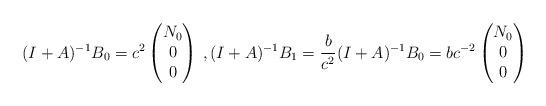
LaTeX: \begin{align*}(I+A)^{-1} B_0 = c^2 \begin{pmatrix} N_0 \\ 0 \\ 0 \end{pmatrix}\,, (I+A)^{-1} B_1 = \frac{b}{c^2} (I+A)^{-1} B_0=bc^{-2}\begin{pmatrix} N_0 \\ 0 \\ 0 \end{pmatrix}\end{align*}